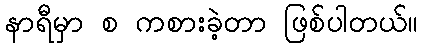
နာရီမှာ စ ကစားခဲ့တာ ဖြစ်ပါတယ်။